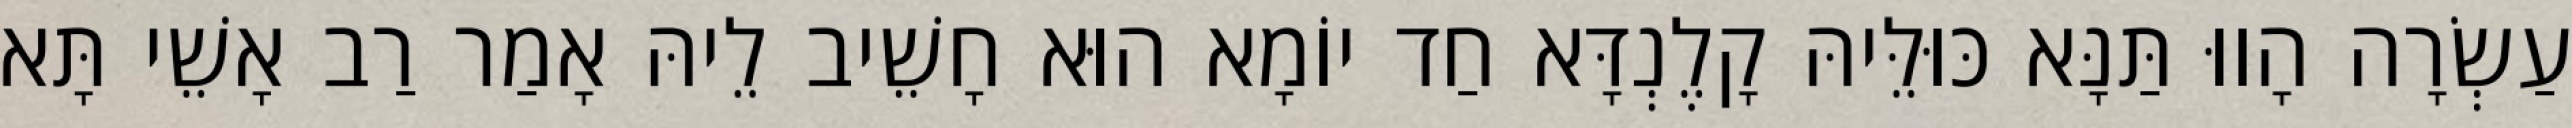
עַשְׂרָה הָווּ תַּנָּא כּוּלֵּיהּ קָלֶנְדָּא חַד יוֹמָא הוּא חָשֵׁיב לֵיהּ אָמַר רַב אָשֵׁי תָּא